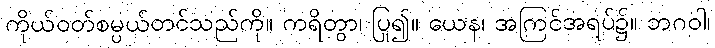
ကိုယ်ဝတ်စမ္ပယ်တင်သည်ကို။ ကရိတွာ၊ ပြု၍။ ယေန၊ အကြင်အရပ်၌။ ဘဂဝါ၊